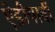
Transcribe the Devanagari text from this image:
ऐडीयार्वी